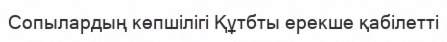
Сопылардың көпшілігі Құтбты ерекше қабілетті